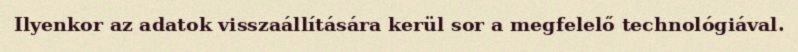
Ilyenkor az adatok visszaállítására kerül sor a megfelelő technológiával.